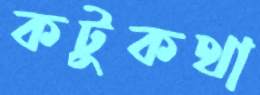
কটুকথা